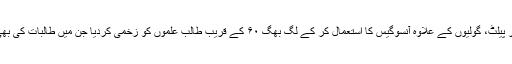
وردی پوشوں نے ان پر پیلٹ، گولیوں کے علاوہ آنسوگیس کا استعمال کر کے لگ بھگ ۶۰ کے قریب طالب علموں کو زخمی کردیا جن میں طالبات کی بھی بڑی تعداد شامل ہے۔